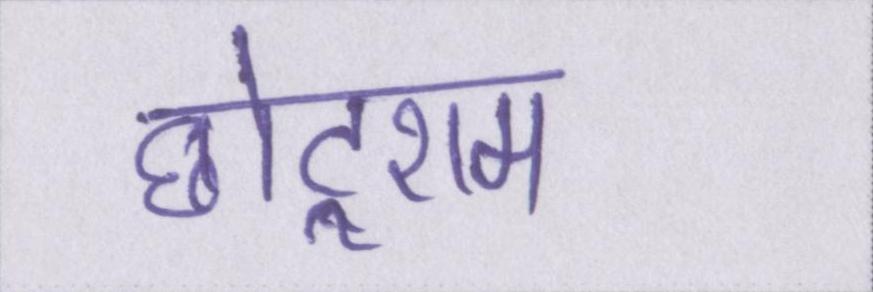
छोटूराम